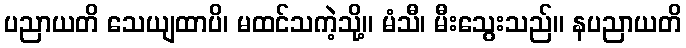
ပညာယတိ သေယျထာပိ၊ မထင်သကဲ့သို့။ မံသီ၊ မီးသွေးသည်။ နပညာယတိ